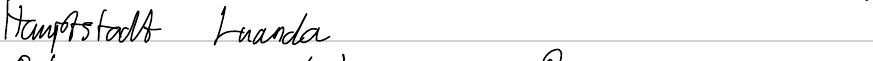
Hauptstadt Luanda